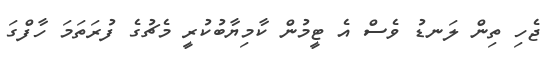
ޖެހި ތިން ލަނޑު ވެސް އެ ޓީމުން ކާމިޔާބުކުރީ މެޗުގެ ފުރަތަމަ ހާފްގަ